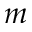
m